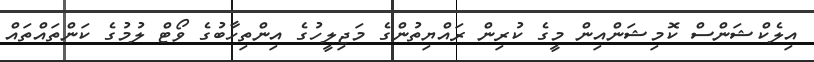
އިލެކްޝަންސް ކޮމިޝަންއިން މީގެ ކުރިން ރައްޔިތުންގެ މަޖިލީހުގެ އިންތިހާބުގެ ވޯޓް ލުމުގެ ކަންތައްތައް